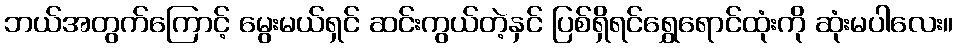
ဘယ်အတွက်ကြောင့် မွေးမယ်ရှင် ဆင်းကွယ်တဲ့နှင် ပြစ်ရှိရင်ရွှေရောင်ထုံးကို ဆုံးမပါလေး။